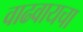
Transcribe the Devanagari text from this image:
वाढवायचा